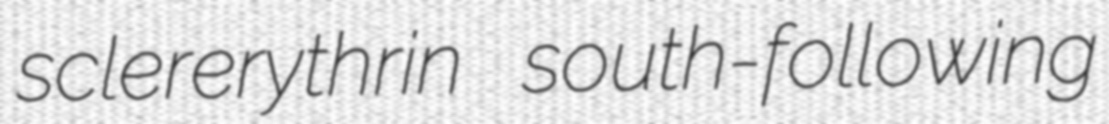
sclererythrin south-following